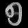
Digit: ၅